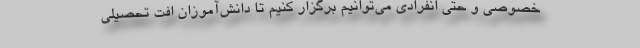
خصوصی و حتی انفرادی می‌توانیم برگزار کنیم تا دانش‌آموزان افت تحصیلی